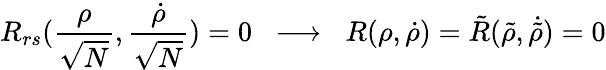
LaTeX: R_{rs}(\frac{\rho}{\sqrt N},\frac{\dot{\rho}}{\sqrt N})=0\; \; \longrightarrow\; \; R(\rho,\dot{\rho})=\tilde{R}(\tilde{\rho},\dot{\tilde{\rho}})=0